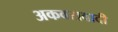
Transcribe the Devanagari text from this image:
अकवरावादी